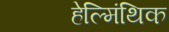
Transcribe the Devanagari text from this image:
हेल्मिंथिक